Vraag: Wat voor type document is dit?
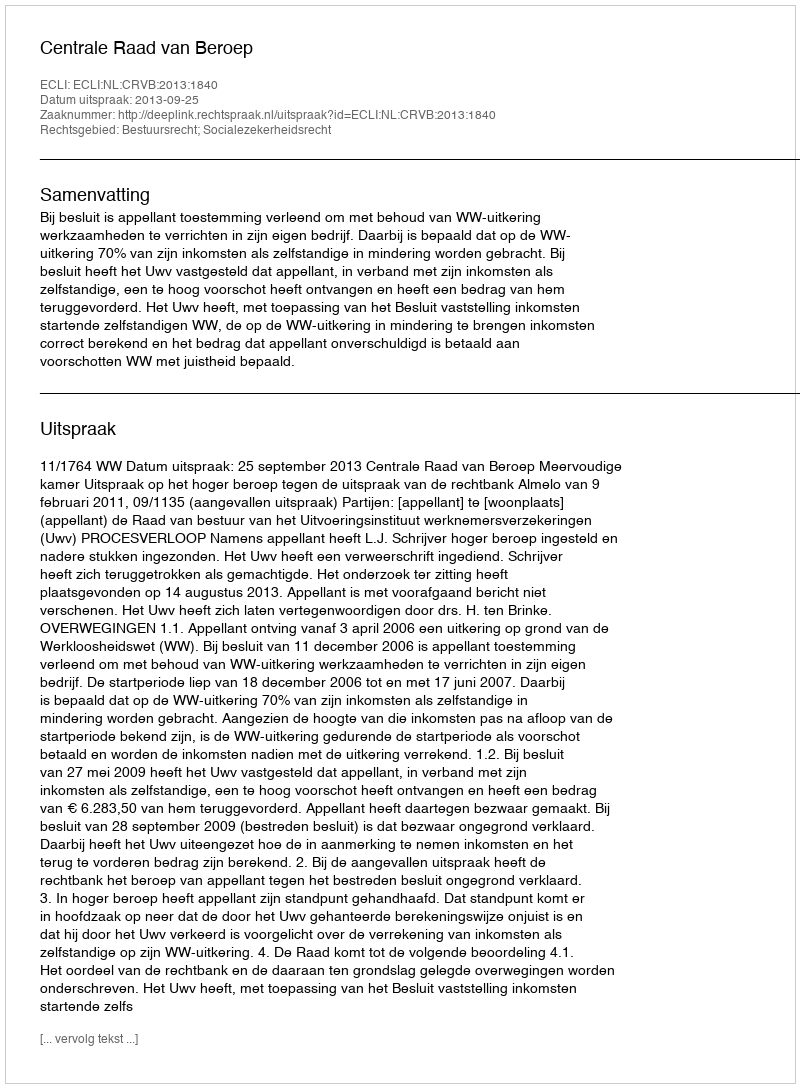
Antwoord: Uitspraak